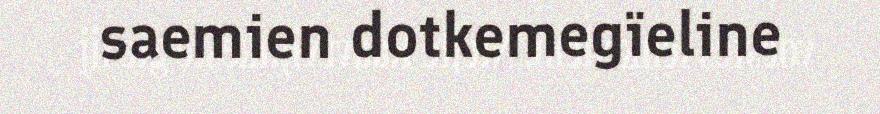
saemien dotkemegïeline